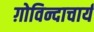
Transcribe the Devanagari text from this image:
ग़ोविन्दाचार्य